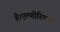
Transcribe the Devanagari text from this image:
है।एल्गोरिथम